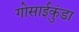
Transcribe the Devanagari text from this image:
गोसाईकुंडा